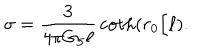
\sigma = { \frac { 3 } { 4 \pi G _ { 5 } \ell } } \coth ( r _ { 0 } / \ell ) .